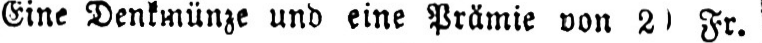
Fr.